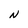
Character: N